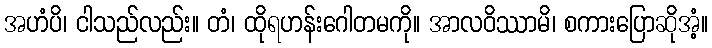
အဟံပိ၊ ငါသည်လည်း။ တံ၊ ထိုရဟန်းဂေါတမကို။ အာလဝိဿာမိ၊ စကားပြောဆိုအံ့။